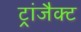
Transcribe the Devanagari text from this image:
ट्रांजैक्ट